Lunatic asylums Central Provinces reports 1886-1894 - 1886-1894
Year: 1886
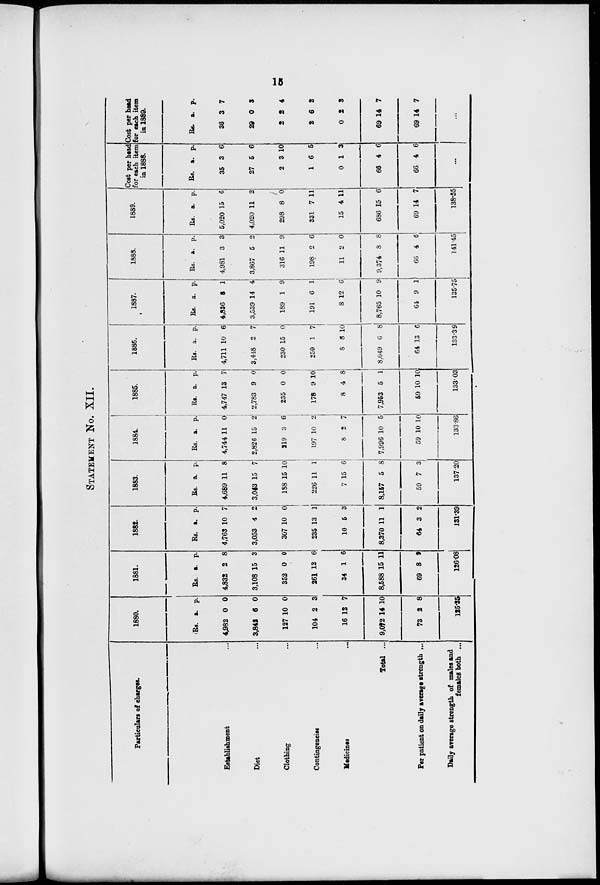
15
STATEMENT No. XII.
Particulars of charges.
Establishment ...
Diet ...
Clothing ...
Contingencies ...
Medicines
...
Total ...
Per patient on daily average strength ...
Daily average strength of males and
females both ...
1880.
Rs.
4,982
3,842
127
104
16
9,072
73
a.
0
6
10
2
12
14
2
p.
0
0
0
3
7
10
8
125.35
1881.
Rs.
4,832
3,108
352
261
34
8,588
69
a.
2
15
0
12
1
15
3
p.
8
3
0
6
6
11
3
126.08
1882.
Rs.
4,763
3,053
307
235
10
8,370
64
a.
10
4
10
13
5
11
3
p.
7
2
0
1
3
1
2
131.39
1883.
Rs.
4,689
3,043
188
226
7
8,157
59
a.
11
15
15
11
15
5
7
p.
8
7
10
1
6
8
3
137.20
1884.
Rs.
4,744
2,826
219
197
8
7,996
59
a.
11
15
3
10
2
10
10
p.
0
2
6
2
7
5
10
133.86
1885.
Rs.
4,747
2,783
235
178
8
7,953
59
a.
13
9
0
9
4
5
10
p.
7
0
0
10
8
1
10
133.03
1886.
Rs.
4,711
3,448
230
250
8
8,649
64
a.
10
2
15
1
8
6
13
p.
6
7
0
7
10
8
6
133.39
1887.
Rs.
4,836
3,539
189
191
8
8,765
64
a.
3
14
1
6
12
10
9
p.
1
4
9
1
6
9
1
135.75
1888.
Rs.
4,981
3,867
316
198
11
9,374
66
a.
3
5
11
2
2
8
4
p.
3
2
9
6
0
8
6
141.45
1889.
Rs.
5,020
4,020
298
331
15
686
69
a.
15
11
8
7
4
15
14
p.
6
2
0
11
11
6
7
138.55
Cost per head
for each item
in 1888.
Rs.
35
27
2
1
0
66
66
a.
3
5
3
6
1
4
4
p.
6
6
10
5
3
6
6
...
Cost per head
for each item
in 1889.
Rs.
36
29
2
2
0
69
69
a.
3
0
2
6
2
14
14
p.
7
3
4
2
3
7
7
...